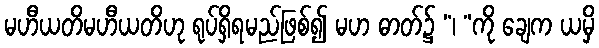
မဟီယတိမဟီယတိဟု ရုပ်ရှိရမည်ဖြစ်၍ မဟ ဓာတ်၌ “၊ ”ကို ချေက ယမှိ